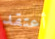
أعتقد